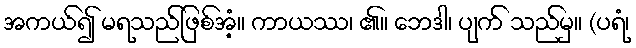
အကယ်၍ မရသည်ဖြစ်အံ့။ ကာယဿ၊ ၏။ ဘေဒါ၊ ပျက် သည်မှ။ (ပရံ၊